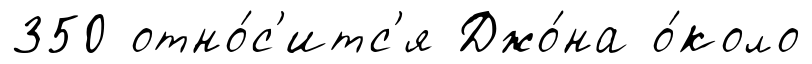
350 отно́с'итс'я Джо́на о́коло